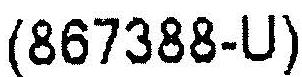
(867388-U)